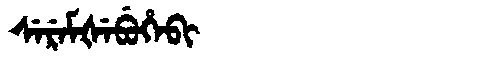
Manchu: ᠰᡝᡵᡝᠮᡧᡝᠪᡠᡥᡝᠪᡳ
Romanization: SEREMŠEBUHEBI